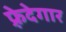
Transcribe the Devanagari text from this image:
फ़्रेदेगार